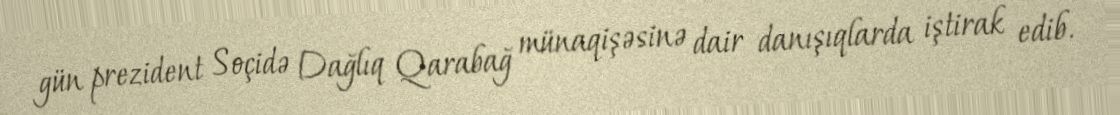
gün prezident Soçidə Dağlıq Qarabağ münaqişəsinə dair danışıqlarda iştirak edib.